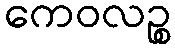
ကေဝလဉ္စ